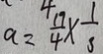
a = \frac { 1 9 } { 4 } \times \frac { 1 } { 3 }